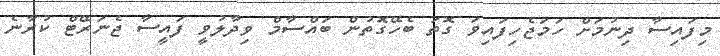
މިފައިސާ ދިނުމަށް ހަމަޖެހިފައިވަ ގޮތަ ބެހޭގޮތުން ބައްސާމް ވިދާލުވީ ފައީސާ ޖެނަރޭޓް ކުރާނެ